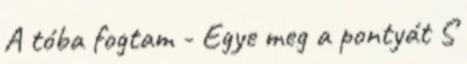
A tóba fogtam - Egye meg a pontyát S